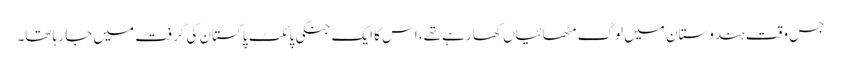
جس وقت ہندوستان میں لوگ مٹھائیاں کھا رہے تھے، اس کا ایک جنگی پائلٹ پاکستان کی گرفت میں جا رہا تھا۔